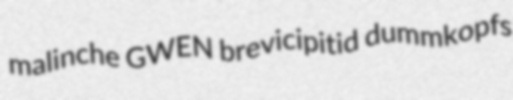
malinche GWEN brevicipitid dummkopfs